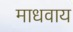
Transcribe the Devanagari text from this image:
माधवाय